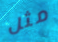
مثل